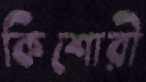
কিশোরী